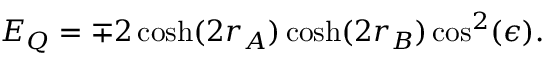
E _ { Q } = \mp 2 \cosh ( 2 r _ { A } ) \cosh ( 2 r _ { B } ) \cos ^ { 2 } ( \epsilon ) .